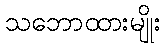
သဘောထားမျိုး